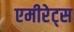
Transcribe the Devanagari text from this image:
एमीरेट्स